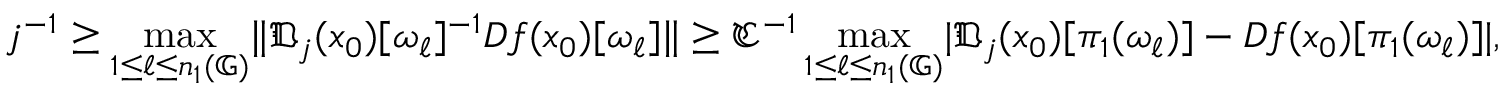
j ^ { - 1 } \geq \operatorname* { m a x } _ { 1 \leq \ell \leq n _ { 1 } ( \mathbb { G } ) } \lVert \mathfrak { D } _ { j } ( x _ { 0 } ) [ \omega _ { \ell } ] ^ { - 1 } D f ( x _ { 0 } ) [ \omega _ { \ell } ] \rVert \geq \mathfrak { C } ^ { - 1 } \operatorname* { m a x } _ { 1 \leq \ell \leq n _ { 1 } ( \mathbb { G } ) } \lvert \mathfrak { D } _ { j } ( x _ { 0 } ) [ \pi _ { 1 } ( \omega _ { \ell } ) ] - D f ( x _ { 0 } ) [ \pi _ { 1 } ( \omega _ { \ell } ) ] \rvert ,